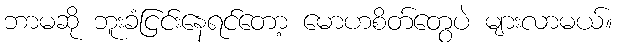
ဘာမဆို ဘူးခံငြင်းနေရင်တော့ မောဟစိတ်တွေပဲ များလာမယ်။